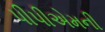
પીપીએમની